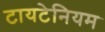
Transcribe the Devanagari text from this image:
टायटेनियम